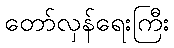
တော်လှန်ရေးကြီး